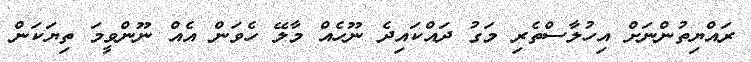
ރައްޔިތުންނަށް އިހުލާސްތެރި މަގު ދައްކައިދެ ނޫހެއް މާލޭ ހެވަން އެއް ނޫންވީމަ ތިޔަކަން